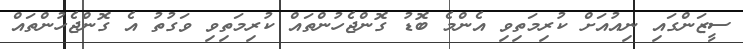
ސީޒަންގައި ނިއުއަށް ކުރިމަތިވި އެންމެ ބޮޑު ގޮންޖެހުންތައް ކުރިމަތިވި ވަގުތު އެ ގޮންޖެހުންތައް